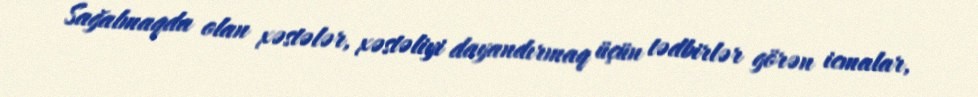
Sağalmaqda olan xəstələr, xəstəliyi dayandırmaq üçün tədbirlər görən icmalar,